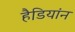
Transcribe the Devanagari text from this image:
हैडियांन